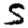
Digit: 5